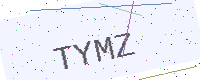
Text: TYMZ